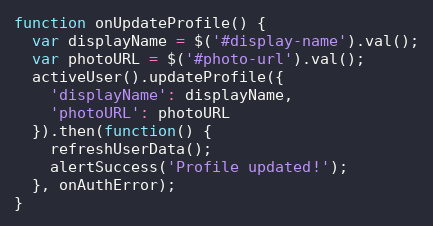
Language: JavaScript
function onUpdateProfile() {
  var displayName = $('#display-name').val();
  var photoURL = $('#photo-url').val();
  activeUser().updateProfile({
    'displayName': displayName,
    'photoURL': photoURL
  }).then(function() {
    refreshUserData();
    alertSuccess('Profile updated!');
  }, onAuthError);
}